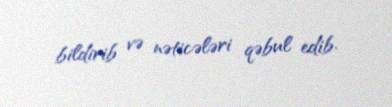
bildirib və nəticələri qəbul edib.